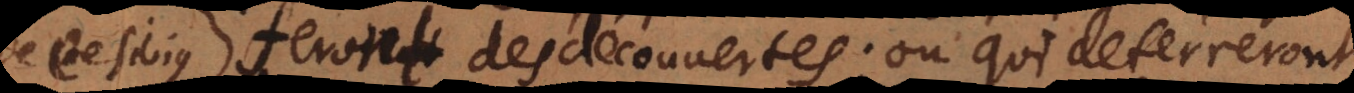
feroient feront des découvertes; ou qui deterreront